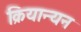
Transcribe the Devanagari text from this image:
क्रियान्यन